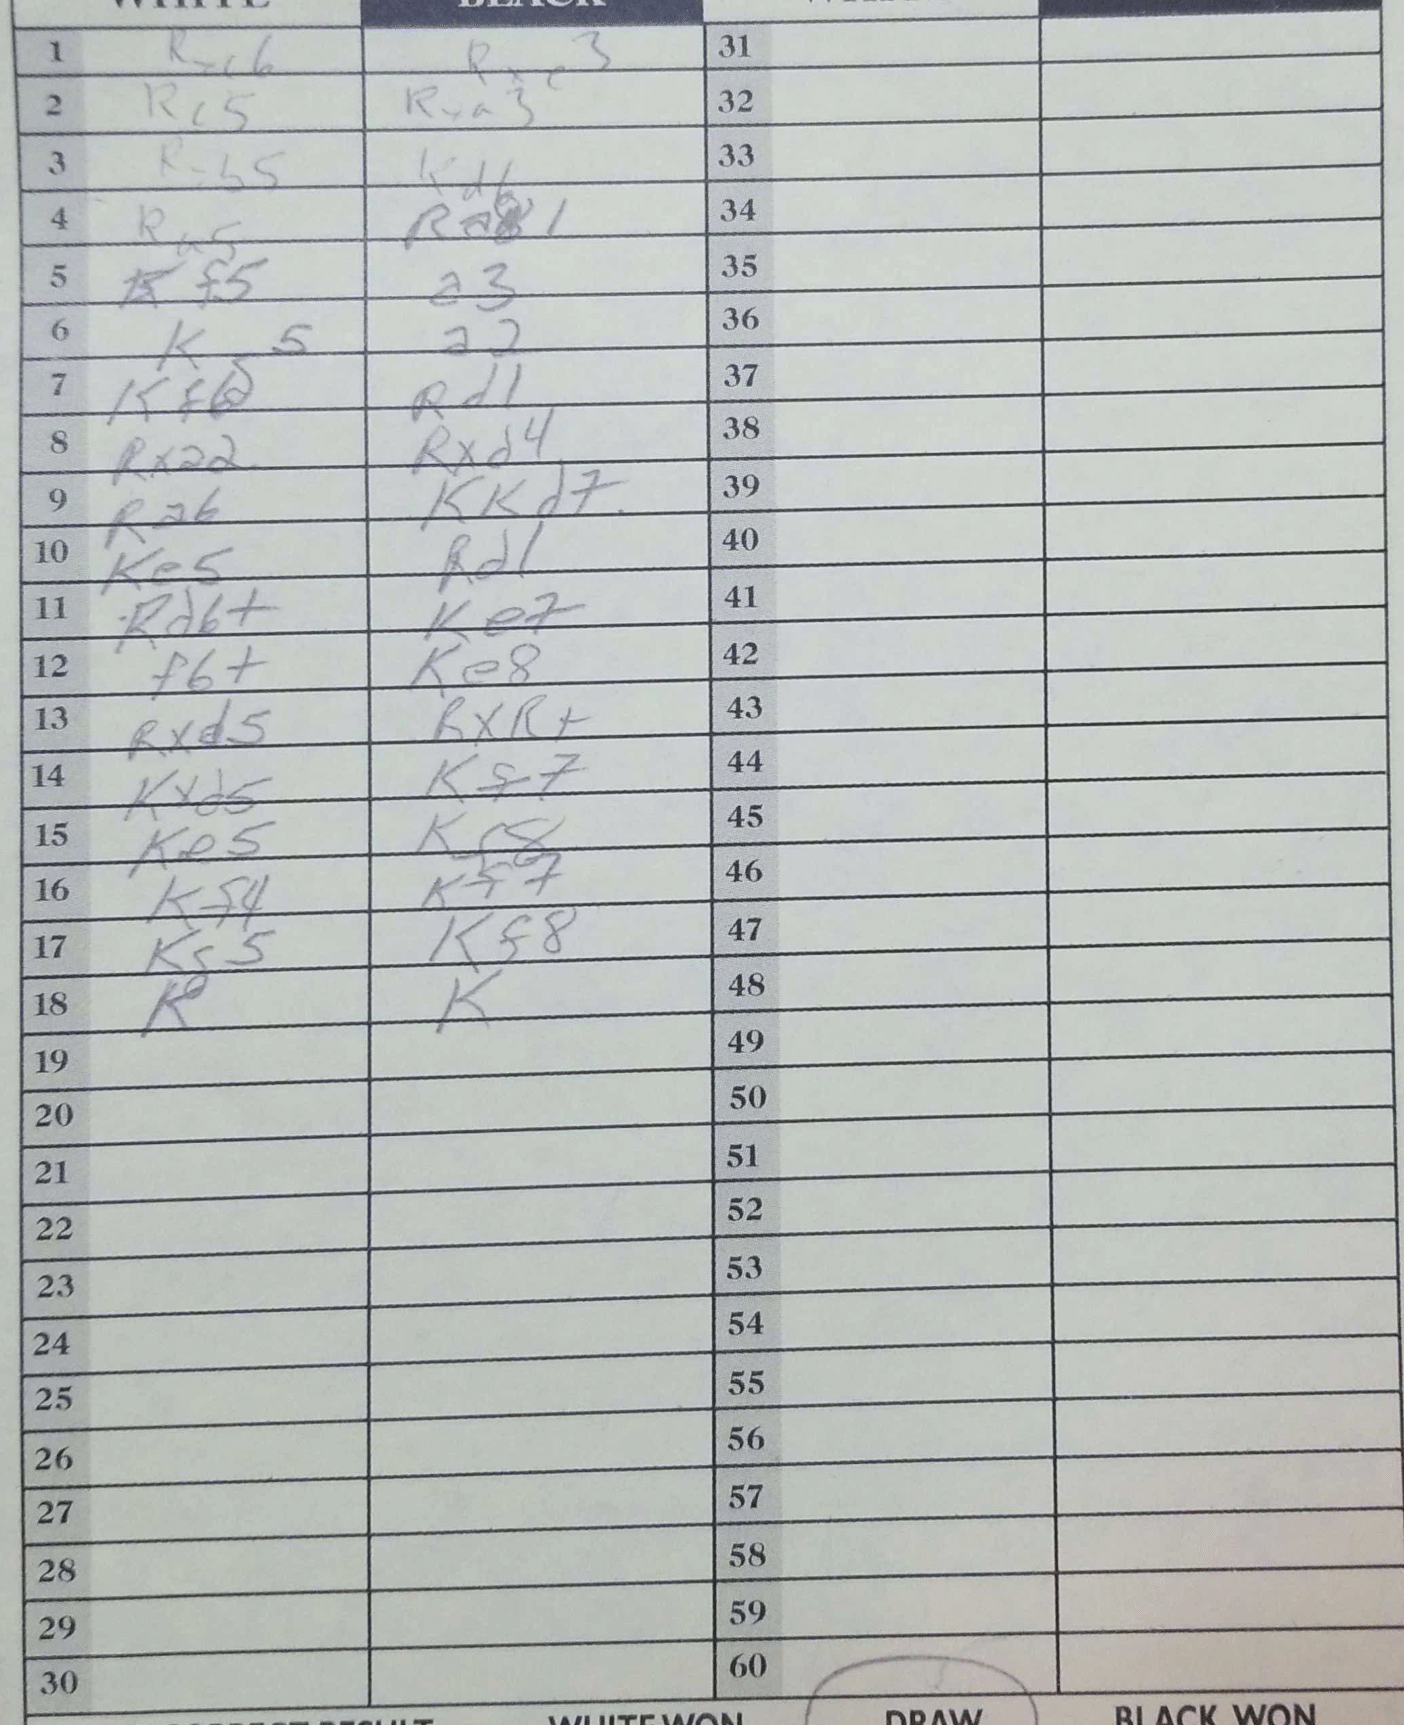
Moves: Rxc6 Rxe3 Rc5 Rxa3 Rxb5 Rxa3 Ra5 Ra1 f5 a3 Kd5 a2 Kf6 Rd1 Rxa2 Rxd4 Ra6 Kd7 Ke5 Rd1 Rd6+ Ke7 f6+ Ke8 Rxd5 RxR+ Kxd5 Kf7 Ke5 Kf8 Kf4 Kf7 Kg5 Kf8